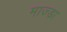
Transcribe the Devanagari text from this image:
माज्डा